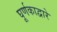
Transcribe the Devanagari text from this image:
घूर्णकाद्वारे